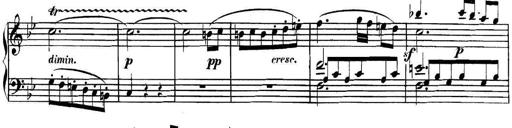
Title: Collected Piano Sonatas
Composer: Muzio Clementi